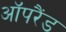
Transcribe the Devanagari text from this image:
ऑपरैंड